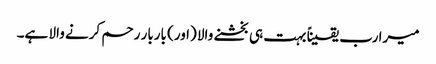
میرا رب یقیناً بہت ہی بخشنے والا (اور) باربار رحم کرنے والا ہے۔